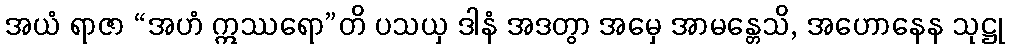
အယံ ရာဇာ “အဟံ ဣဿရော”တိ ပသယှ ဒါနံ အဒတွာ အမှေ အာမန္တေသိ, အဟောနေန သုဋ္ဌု